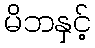
မိဘနှင့်